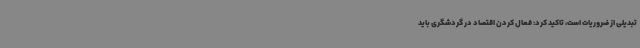
تبدیلی از ضروریات است، تاکید کرد: فعال کردن اقتصاد در گردشگری باید